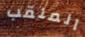
الملقب